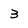
Character: 3